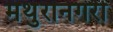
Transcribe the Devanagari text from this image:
मथुरानगरी